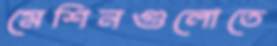
মেশিনগুলোতে